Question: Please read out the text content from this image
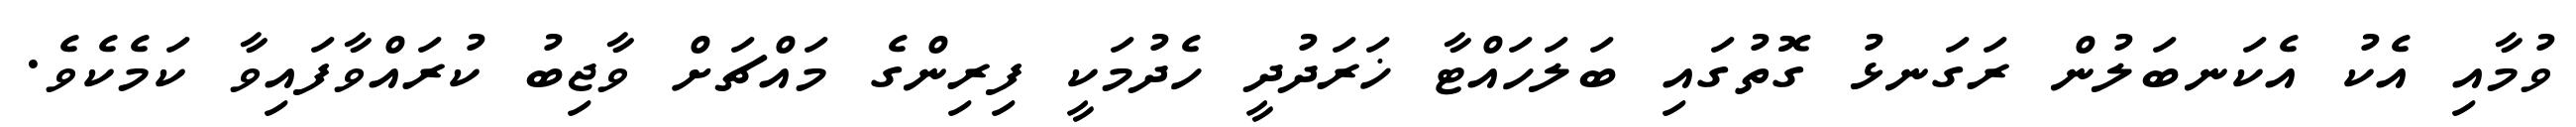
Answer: ވުމާއި އެކު އެކަނބަލުން ރަގަނޅު ގޮތުގައި ބަލަހައްޓާ ޚަރަދުދީ ހެދުމަކީ ފިރިންގެ މައްޗަށް ވާޖިބު ކުރައްވާފައިވާ ކަމެކެވެ.